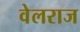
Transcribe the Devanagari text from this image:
वेलराज